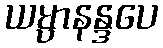
ယမ္ပာနန္ဒပေ